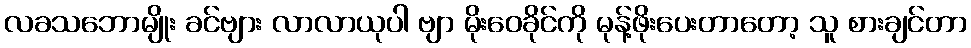
လခသဘောမျိုး ခင်ဗျား လာလာယုပါ ဗျာ မိုးဝေခိုင်ကို မုန့်ဖိုးပေးတာတော့ သူ စားချင်တာ